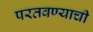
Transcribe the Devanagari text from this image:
परतवण्याची